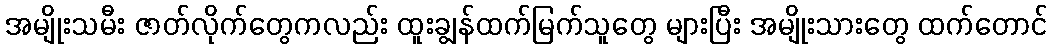
အမျိုးသမီး ဇာတ်လိုက်တွေကလည်း ထူးချွန်ထက်မြက်သူတွေ များပြီး အမျိုးသားတွေ ထက်တောင်